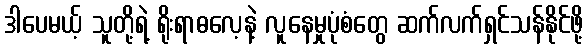
ဒါပေမယ့် သူတို့ရဲ့ ရိုးရာဓလေ့နဲ့ လူနေမှုပုံစံတွေ ဆက်လက်ရှင်သန်နိုင်ဖို့